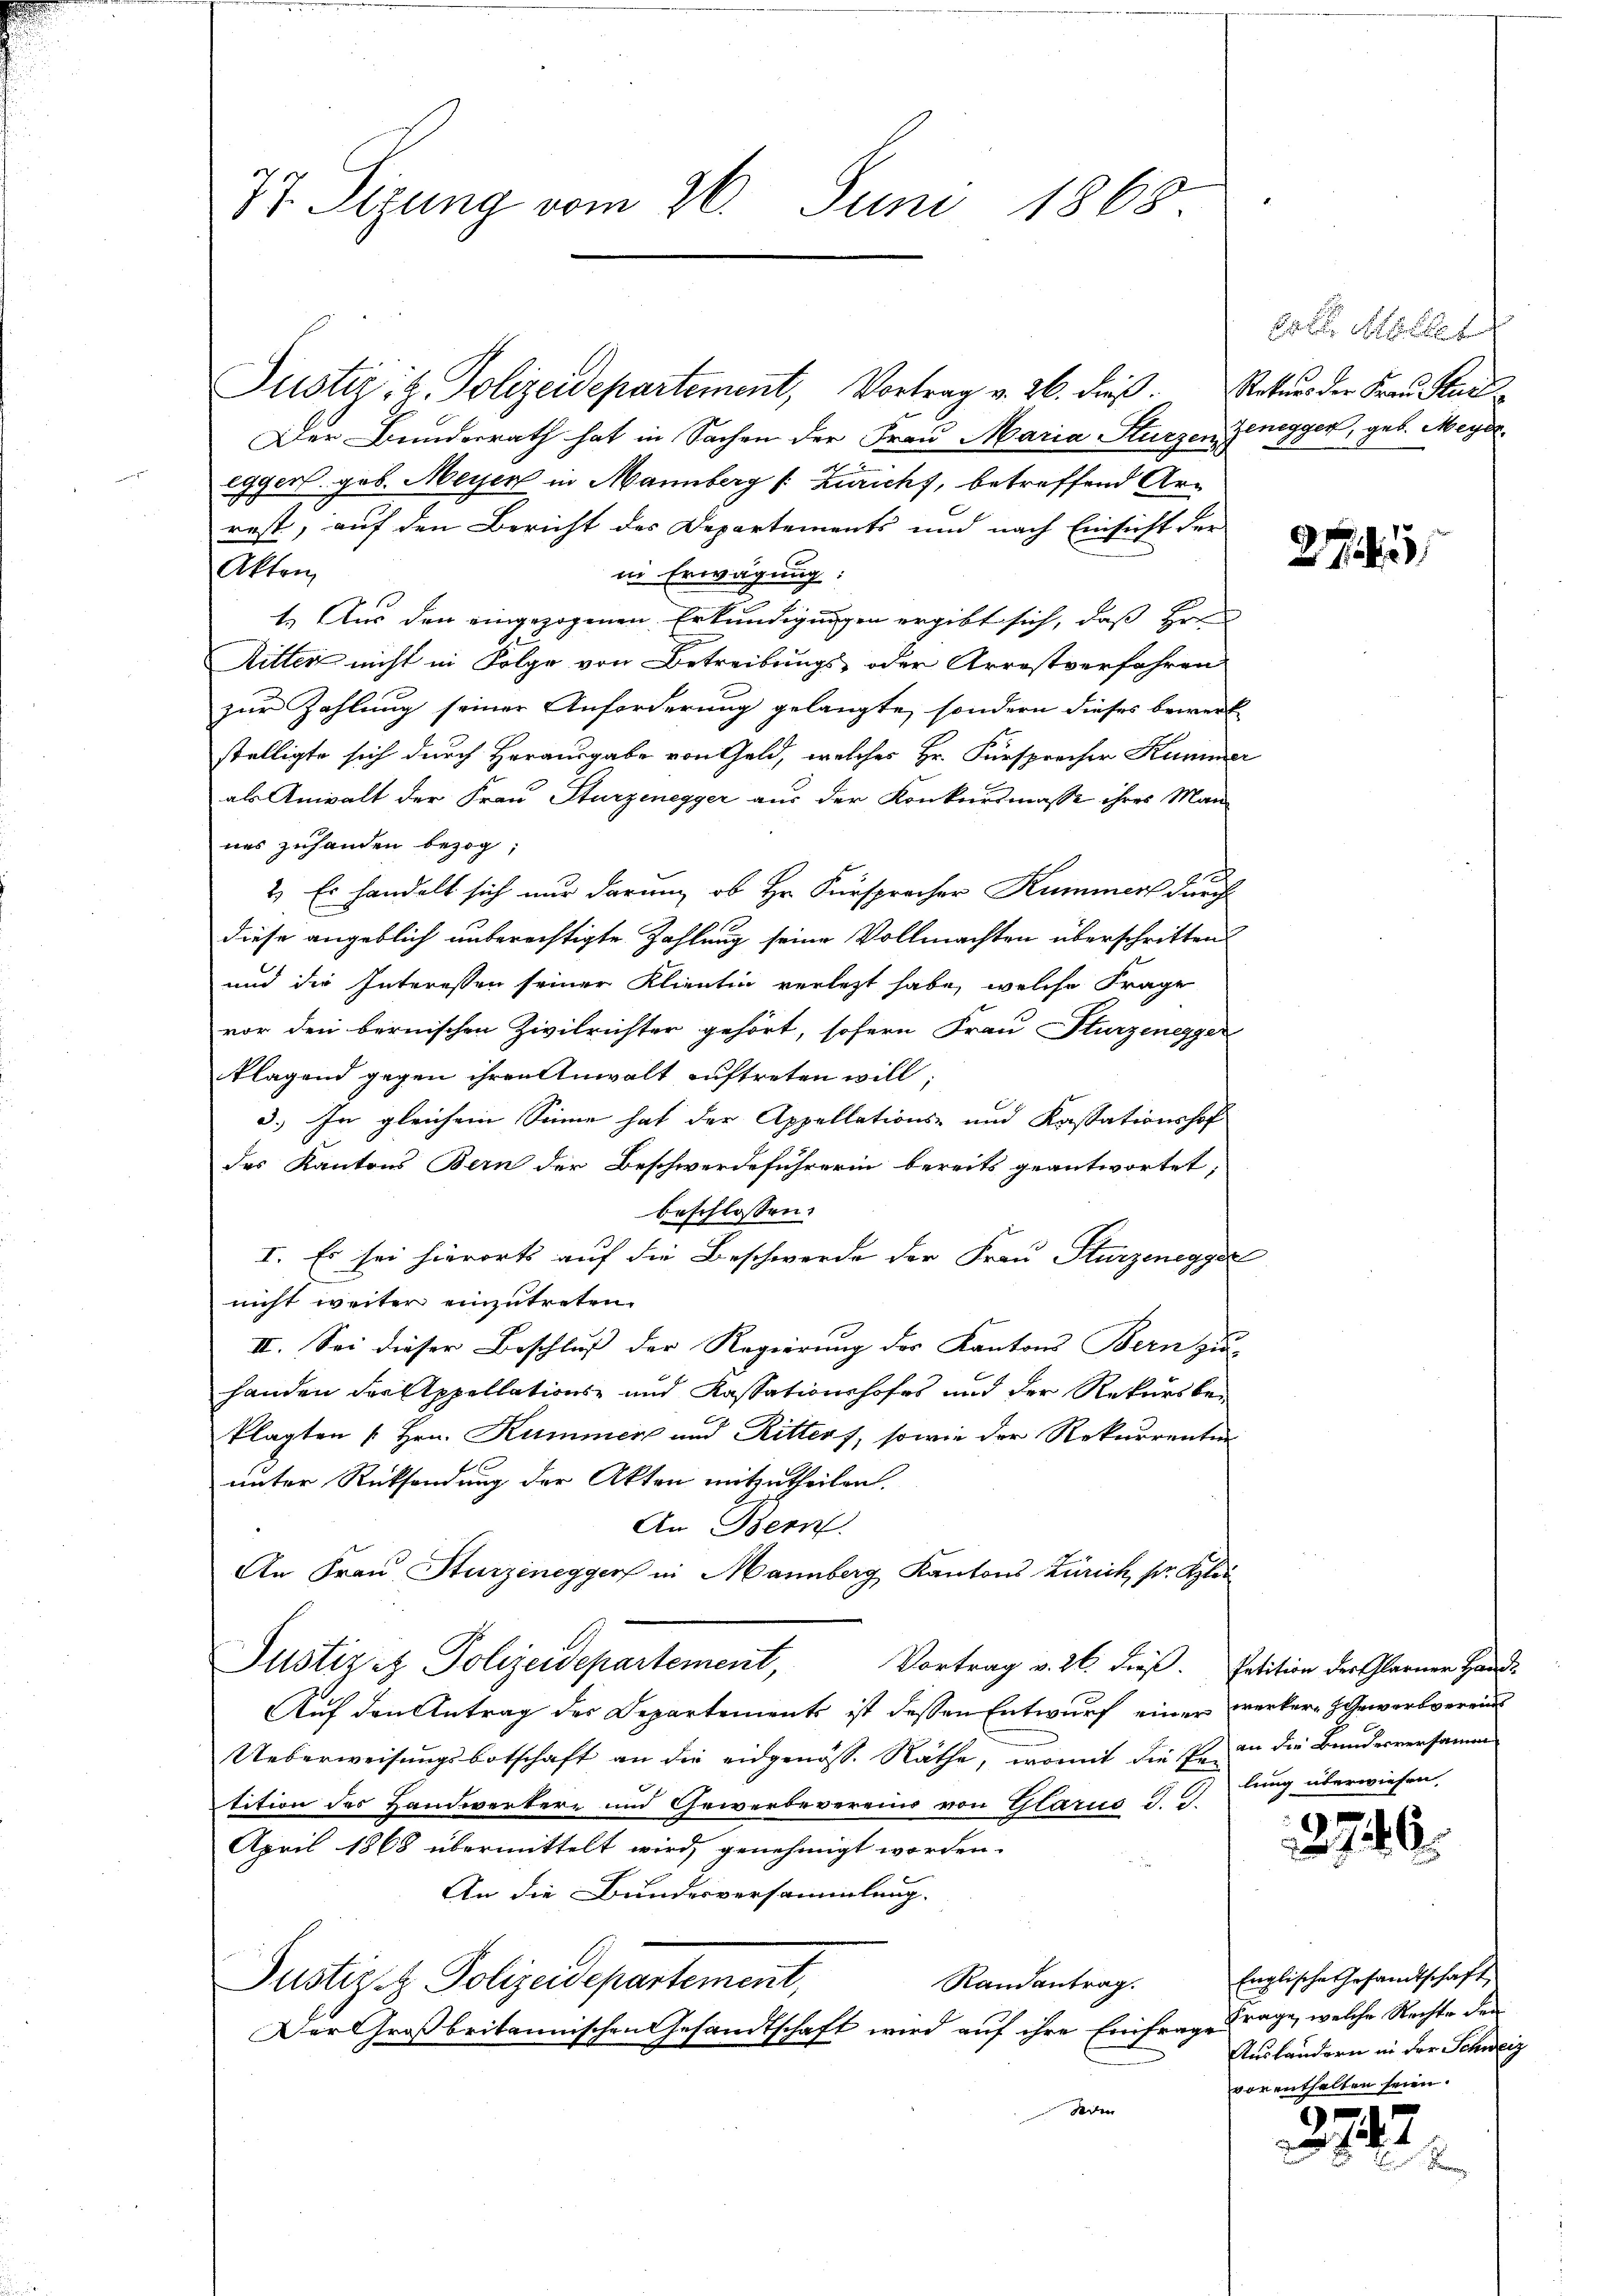
77. Sizung vom 26. Juni 1868

Justiz- & Polizeidepartement, Vortrag v. 26. dieß. Natur der Frau Karl
Der Bunderrath hat in Sachen der Frau Maria Sturzen Zenegger, geb. Meyeregger. geb. Meyer in Mannberg (: Züricht, betreffend Arrest, auf den Bericht des Departements und nach Einsicht der
Akten
in Erwägung:
1.) Aus den eingezogenen Erkundigungen ergibt sich, daß Hrn.
Ritter nicht in Folge von Betreibungs- oder Arrestverfahren
zur Zahlung seiner Anforderung gelangte, sondern dieses bewerk
stelligte sich durch Herausgabe von Geld, welches Hr. Fürsprecher Kummer
als Anwalt der Frau Sturzenegger aus der Konkursmasse ihres Mannes zuhanden bezog,
2
2.) Es handelt sich nur darung ob Hr. Fürsprecher Kummer durch
diese angeblich unberechtigte Zahlung seine Vollmachten überschritten
und die Interessen seiner Klientin verletzt habe, welche Frage
vor den bernischen Zivilrichter gehört, sofern Frau Sturzenegger
klagend gegen ihren Anwalt auftreten will;
3.) In gleichem Sinne hat der Appellations- und Kassationshof
des Kantons Bern der Beschwerdeführerin bereits geantwortet,
beschlossen:
I. Es sei hierorts auf die Beschwerde der Frau Sturzenegger
nicht weiter einzutreten.
II. Sei dieser Beschluß der Regierung der Kantons Bern zu-
handen der Appellations- und Kassationshofes und der Rekursbeklagten u. Hrn. Kummer und Ritters, sowie der Rekurrenten
unter Rücksendung der Akten mitzutheilen.
An Bern
An Frau Sturzenegger in Mannberg Kantons Zürich pr. Klei
Justiz & Polizeidepartement,
Vortrag v. 26. dieß. Petition der Glarner Hand-
Auf den Antrag der Departements ist dessen Entwurf einer werkere Gewerbverein
Ueberweisungsbotschaft an die eidgenöss. Räthe, womit die sind die Bundesversamm
tition des Handwerkere und Gewerbevereine von Glarus d. G
April 1868 übermittelt wird, genehmigt worden.
An die Bundesversammlung.
Justiz & Polizeidepartement,
Randantrag.
Der Großbritannischen Gesandtschaft wird auf ihre Einfrage Frage, welche Rechte den
eden

dat Müll

273

lung überwiesen.

2740.

Englische Gesandtschaft
Auslandern in der Schweiz
vorenthalten seien.

.
14